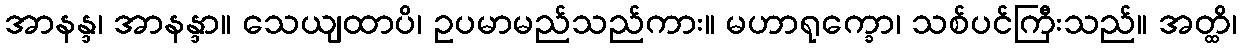
အာနန္ဒ၊ အာနန္ဒာ။ သေယျထာပိ၊ ဥပမာမည်သည်ကား။ မဟာရုက္ခော၊ သစ်ပင်ကြီးသည်။ အတ္ထိ၊